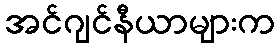
အင်ဂျင်နီယာများက